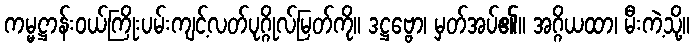
ကမ္မဋ္ဌာန်းဝယ်ကြိုးပမ်းကျင့်လတ်ပုဂ္ဂိုလ်မြတ်ကို။ ဒဋ္ဌဗ္ဗော၊ မှတ်အပ်၏။ အဂ္ဂိယထာ၊ မီးကဲ့သို့။